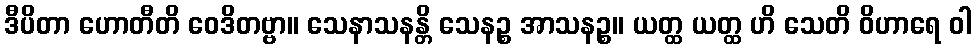
ဒီပိတာ ဟောတီတိ ဝေဒိတဗ္ဗာ။ သေနာသနန္တိ သေနဉ္စ အာသနဉ္စ။ ယတ္ထ ယတ္ထ ဟိ သေတိ ဝိဟာရေ ဝါ